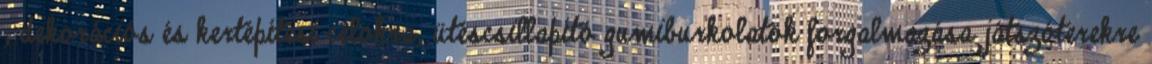
, dekorációs és kertépítési célokra, ütéscsillapító gumiburkolatok forgalmazása játszóterekre